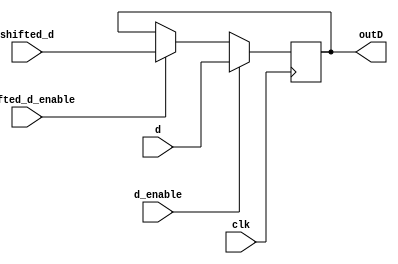
module dividerRemainder(clk, d, shifted_d, d_enable,shifted_d_enable, outD);

input clk;
input d;
input shifted_d;
input d_enable;
input shifted_d_enable;
//----------------------------
output  outD;
reg outD;
//-----------------------------------------------
always @(posedge clk ) begin
	if(d_enable==1'b1)begin
		outD<=d;
	end else begin
	 	if(shifted_d_enable==1'b1)begin
			outD<=shifted_d;
		end
	end
end
endmodule